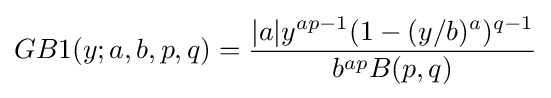
GB1(y;a,b,p,q)={\frac {|a|y^{ap-1}(1-(y/b)^{a})^{q-1}}{b^{ap}B(p,q)}}